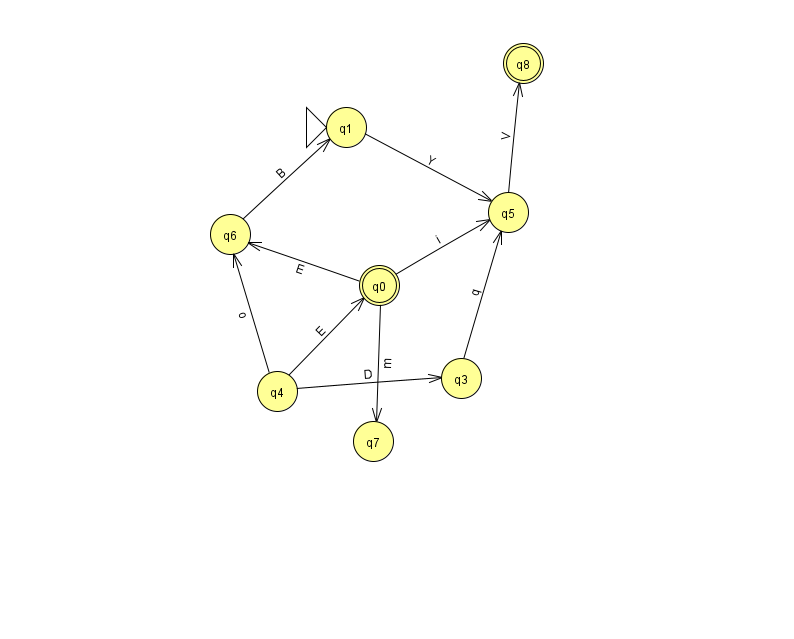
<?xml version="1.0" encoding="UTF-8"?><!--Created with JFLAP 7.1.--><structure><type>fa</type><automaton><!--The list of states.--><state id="0" name="q0"><x>379.0</x><y>272.0</y><final/></state><state id="1" name="q1"><x>346.0</x><y>114.0</y><initial/></state><state id="2" name="q2"><x>966.0</x><y>552.0</y></state><state id="3" name="q3"><x>461.0</x><y>365.0</y></state><state id="4" name="q4"><x>277.0</x><y>378.0</y></state><state id="5" name="q5"><x>508.0</x><y>199.0</y></state><state id="6" name="q6"><x>230.0</x><y>221.0</y></state><state id="7" name="q7"><x>373.0</x><y>428.0</y></state><state id="8" name="q8"><x>523.0</x><y>50.0</y><final/></state><!--The list of transitions.--><transition><from>0</from><to>6</to><read>E</read></transition><transition><from>2</from><to>2</to><read>p</read></transition><transition><from>4</from><to>6</to><read>o</read></transition><transition><from>0</from><to>5</to><read>i</read></transition><transition><from>5</from><to>8</to><read>V</read></transition><transition><from>1</from><to>5</to><read>Y</read></transition><transition><from>0</from><to>7</to><read>m</read></transition><transition><from>3</from><to>5</to><read>q</read></transition><transition><from>4</from><to>0</to><read>E</read></transition><transition><from>6</from><to>1</to><read>B</read></transition><transition><from>4</from><to>3</to><read>D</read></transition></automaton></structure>